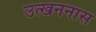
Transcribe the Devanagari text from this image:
उत्खननास